Report on sanitation, dispensaries, and jails in Rajputana for 1910, and on vaccination for the year 1910-1911 - 1910-1911
Year: 1910
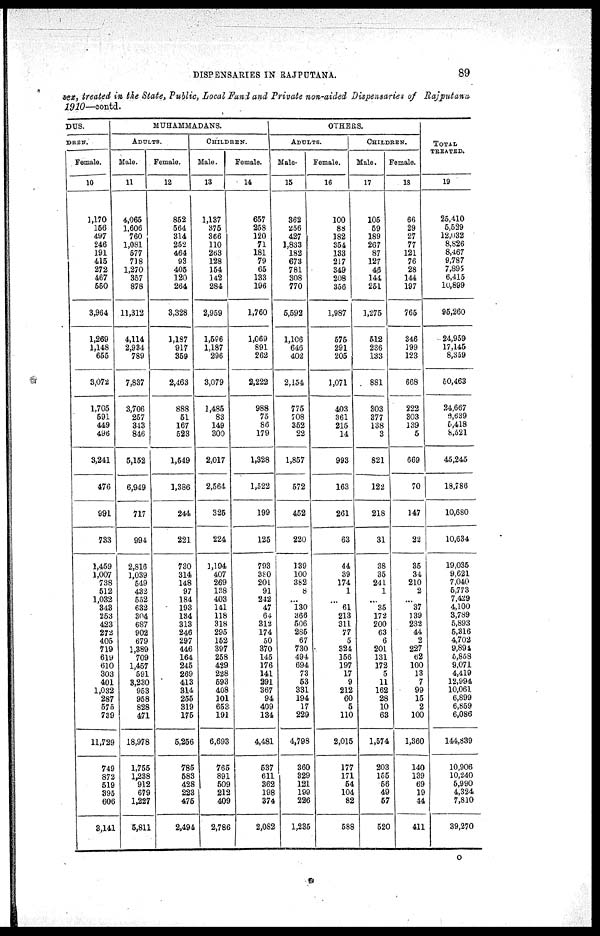
DISPENSARIES IN RAJPUTANA.
89
sex, treated in the State, Public, Local Fund and Private non-aided Dispensaries of Rajputana
1910—contd.
DUS.
DREN.
Female.
10
1,170
156
497
246
191
415
272
467
550
3,964
1,269
1,148
655
3,072
1,705
591
449
496
3,241
476
991
733
1,459
1,007
738
512
1,032
343
253
423
272
405
719
619
610
303
401
1,032
287
575
739
11,729
749
872
519
395
606
3,141
MUHAMMADANS.
ADULTS.
Male.
11
4,065
1,606
760
1,081
577
718
1,270
357
878
11,312
4,114
2,934
789
7,837
3,706
257
343
846
5,152
6,949
717
994
2,816
1,039
549
432
552
632
304
687
902
679
1,389
709
1,457
591
3,230
953
958
828
471
18,978
1,755
1,238
912
679
1,227
5,811
Female.
12
852
564
314
252
464
93
405
120
264
3,328
1,187
917
359
2,463
888
51
167
523
1,549
1,386
244
221
730
314
148
97
184
193
134
313
246
297
446
164
245
269
413
314
255
319
175
5,256
785
583
428
223
475
2,494
CHILDREN.
Male.
13
1,137
375
366
110
263
128
154
142
284
2,959
1,596
1,187
296
3,079
1,485
83
149
300
2,017
2,564
325
224
1,194
407
269
138
403
141
118
318
295
152
397
258
429
228
593
408
101
653
191
6,693
765
891
509
212
409
2,786
Female.
14
657
258
120
71
181
79
65
133
196
1,760
1,069
891
262
2,222
988
75
86
179
1,328
1,522
199
125
793
380
201
91
242
47
64
312
174
50
370
145
176
141
291
367
94
409
134
4,481
537
611
362
198
374
2,082
OTHERS.
ADULTS.
Male.
15
362
256
427
1,833
182
673
781
308
770
5,592
1,106
646
402
2,154
775
708
352
22
1,857
572
452
220
139
100
382
8
...
130
366
506
285
67
730
494
694
73
53
331
194
17
229
4,798
360
329
121
199
226
1,235
Female.
16
100
88
182
354
133
217
349
208
356
1,987
575
291
205
1,071
403
361
215
14
993
163
261
63
44
39
174
1
...
61
213
311
77
5
324
156
197
17
9
212
60
5
110
2,015
177
171
54
104
82
588
CHILDREN.
Male.
17
105
59
189
267
87
127
46
144
251
1,275
512
236
133
881
303
377
138
3
821
122
218
31
38
35
241
1
...
35
172
200
63
6
201
131
172
5
11
162
28
10
63
1,574
203
155
56
49
57
520
Female.
18
66
29
27
77
121
76
28
144
197
765
346
199
123
668
222
303
139
5
669
70
147
22
35
34
210
2
...
37
139
232
44
2
227
62
100
13
7
99
15
2
100
1,360
140
139
69
19
44
411
TOTAL
TREATED.
19
25,410
5,539
12,032
8,826
8,467
9,787
7,895
6,415
10,899
95,260
24,959
17,145
8,359
50,463
24,667
6,639
5,418
8,621
45,245
18,786
10,680
10,634
19,035
9,621
7,040
5,773
7,429
4,100
3,789
5,893
5,316
4,702
9,891
5,858
9,071
4,419
12,994
10,061
6,899
6,859
6,086
144,839
10,906
10,240
5,990
4,324
7,810
39,270
O